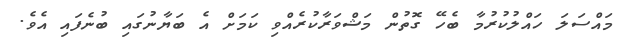
މައްސަލަ ހައްލުކުރުމާ ބެހޭ ގޮތުން މަޝްވަރާކުރެއްވި ކަމަށް އެ ބަޔާނުގައި ބުނެފައި އެވެ.